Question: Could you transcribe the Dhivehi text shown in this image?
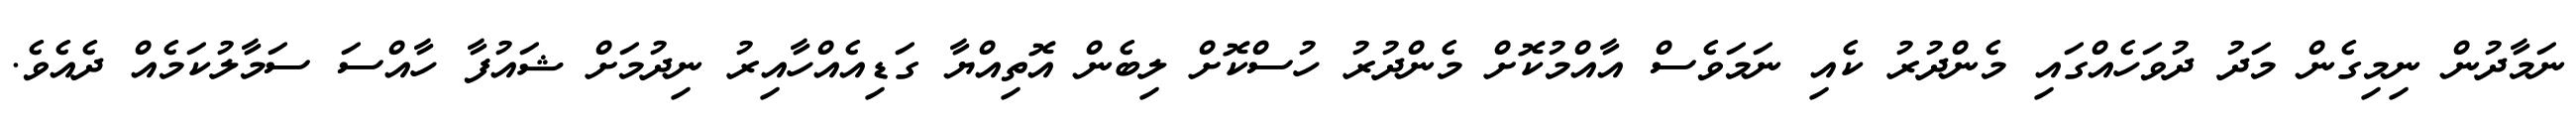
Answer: ނަމާދުން ނިމިގެން މަދު ދުވަހެއްގައި މެންދުރު ކެއި ނަމަވެސް އާއްމުކޮށް މެންދުރު ހުސްކޮށް ލިބެން އޮތިއްޔާ ގަޑިއެއްހާއިރު ނިދުމަށް ޝައުފާ ހާއްސަ ސަމާލުކަމެއް ދެއެވެ.